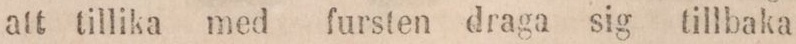
att tillika med fursten draga sig tillbaka